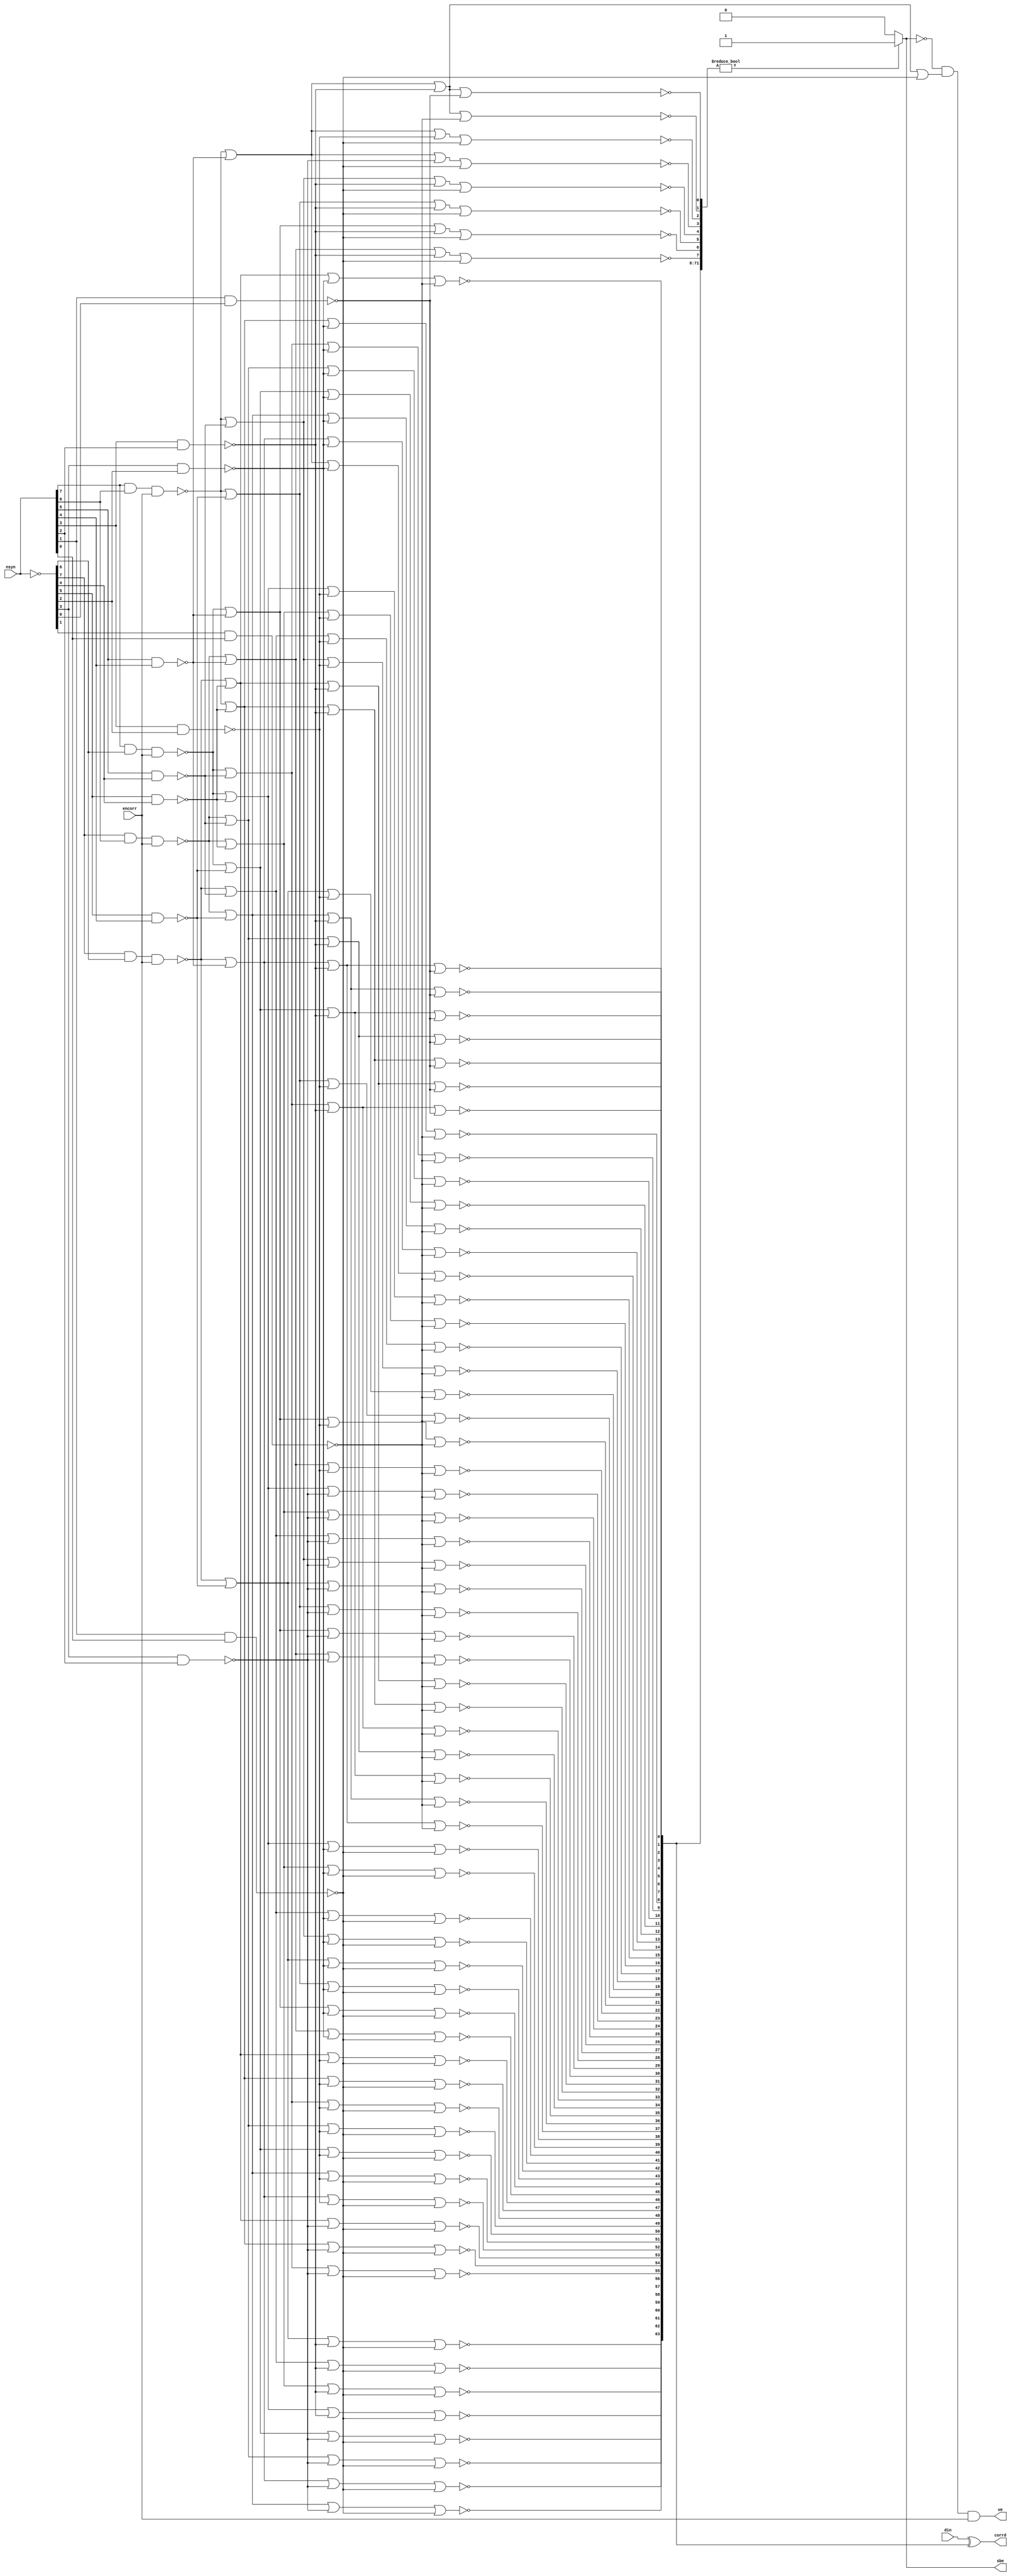
//  IBM Corp. 2020
// Licensed under the Apache License, Version 2.0 (the "License"), as modified by
// the terms below; you may not use the files in this repository except in
// compliance with the License as modified.
// You may obtain a copy of the License at http://www.apache.org/licenses/LICENSE-2.0
//
// Modified Terms:
//
//    1) For the purpose of the patent license granted to you in Section 3 of the
//    License, the "Work" hereby includes implementations of the work of authorship
//    in physical form.
//
//    2) Notwithstanding any terms to the contrary in the License, any licenses
//    necessary for implementation of the Work that are available from OpenPOWER
//    via the Power ISA End User License Agreement (EULA) are explicitly excluded
//    hereunder, and may be obtained from OpenPOWER under the terms and conditions
//    of the EULA.  
//
// Unless required by applicable law or agreed to in writing, the reference design
// distributed under the License is distributed on an "AS IS" BASIS, WITHOUT
// WARRANTIES OR CONDITIONS OF ANY KIND, either express or implied. See the License
// for the specific language governing permissions and limitations under the License.
// 
// Additional rights, including the ability to physically implement a softcore that
// is compliant with the required sections of the Power ISA Specification, are
// available at no cost under the terms of the OpenPOWER Power ISA EULA, which can be
// obtained (along with the Power ISA) here: https://openpowerfoundation.org. 

`timescale 1 ns / 1 ns

//  Description:  XU ECC Check Macro
//
//*****************************************************************************

module tri_eccchk(
   din,
   encorr,
   nsyn,
   corrd,
   sbe,
   ue
);

   parameter                REGSIZE = 64;

   input [0:REGSIZE-1]      din;
   input                    encorr;
   input [0:8-(64/REGSIZE)] nsyn;
   output [0:REGSIZE-1]     corrd;
   output                   sbe;
   output                   ue;

      generate		// syndrome bits inverted
         if (REGSIZE == 64)
         begin : ecc64
            wire [0:7]                syn;
            wire [0:71]               DcdD;		// decode data bits
            wire                      synzero;
            wire                      sbe_int;
            wire [0:3]                A0to1;
            wire [0:3]                A2to3;
            wire [0:3]                A4to5;
            wire [0:2]                A6to7;

            // ====================================================================
            // 64 Data Bits, 8 Check bits
            // Single bit error correction, Double bit error detection
            // ====================================================================
            //                        ECC Matrix Description
            // ====================================================================
            // Syn 0   111011010011101001100101101101001100101101001011001101001110100110000000
            // Syn 1   110110101011010101010101011010101010101010101010101010101101010101000000
            // Syn 2   101101100110110011001100110110011001100110011001100110011011001100100000
            // Syn 3   011100011110001111000011110001111000011110000111100001111000111100010000
            // Syn 4   000011111110000000111111110000000111111110000000011111111000000000001000
            // Syn 5   000000000001111111111111110000000000000001111111111111111000000000000100
            // Syn 6   000000000000000000000000001111111111111111111111111111111000000000000010
            // Syn 7   000000000000000000000000000000000000000000000000000000000111111100000001

            assign syn = (~nsyn[0:7]);

            assign A0to1[0] = (~(nsyn[0] & nsyn[1] & encorr));
            assign A0to1[1] = (~(nsyn[0] &  syn[1] & encorr));
            assign A0to1[2] = (~( syn[0] & nsyn[1] & encorr));
            assign A0to1[3] = (~( syn[0] &  syn[1] & encorr));

            assign A2to3[0] = (~(nsyn[2] & nsyn[3]));
            assign A2to3[1] = (~(nsyn[2] &  syn[3]));
            assign A2to3[2] = (~( syn[2] & nsyn[3]));
            assign A2to3[3] = (~( syn[2] &  syn[3]));

            assign A4to5[0] = (~(nsyn[4] & nsyn[5]));
            assign A4to5[1] = (~(nsyn[4] &  syn[5]));
            assign A4to5[2] = (~( syn[4] & nsyn[5]));
            assign A4to5[3] = (~( syn[4] &  syn[5]));

            assign A6to7[0] = (~(nsyn[6] & nsyn[7]));
            assign A6to7[1] = (~(nsyn[6] &  syn[7]));
            assign A6to7[2] = (~( syn[6] & nsyn[7]));
            //assign A6to7[3] = (~( syn[6] &  syn[7]));

            assign DcdD[0]  = (~(A0to1[3] | A2to3[2] | A4to5[0] | A6to7[0]));		// 11 10 00 00
            assign DcdD[1]  = (~(A0to1[3] | A2to3[1] | A4to5[0] | A6to7[0]));		// 11 01 00 00
            assign DcdD[2]  = (~(A0to1[2] | A2to3[3] | A4to5[0] | A6to7[0]));		// 10 11 00 00
            assign DcdD[3]  = (~(A0to1[1] | A2to3[3] | A4to5[0] | A6to7[0]));		// 01 11 00 00
            assign DcdD[4]  = (~(A0to1[3] | A2to3[0] | A4to5[2] | A6to7[0]));		// 11 00 10 00
            assign DcdD[5]  = (~(A0to1[2] | A2to3[2] | A4to5[2] | A6to7[0]));		// 10 10 10 00
            assign DcdD[6]  = (~(A0to1[1] | A2to3[2] | A4to5[2] | A6to7[0]));		// 01 10 10 00
            assign DcdD[7]  = (~(A0to1[2] | A2to3[1] | A4to5[2] | A6to7[0]));		// 10 01 10 00
            assign DcdD[8]  = (~(A0to1[1] | A2to3[1] | A4to5[2] | A6to7[0]));		// 01 01 10 00
            assign DcdD[9]  = (~(A0to1[0] | A2to3[3] | A4to5[2] | A6to7[0]));		// 00 11 10 00
            assign DcdD[10] = (~(A0to1[3] | A2to3[3] | A4to5[2] | A6to7[0]));		// 11 11 10 00
            assign DcdD[11] = (~(A0to1[3] | A2to3[0] | A4to5[1] | A6to7[0]));		// 11 00 01 00
            assign DcdD[12] = (~(A0to1[2] | A2to3[2] | A4to5[1] | A6to7[0]));		// 10 10 01 00
            assign DcdD[13] = (~(A0to1[1] | A2to3[2] | A4to5[1] | A6to7[0]));		// 01 10 01 00
            assign DcdD[14] = (~(A0to1[2] | A2to3[1] | A4to5[1] | A6to7[0]));		// 10 01 01 00
            assign DcdD[15] = (~(A0to1[1] | A2to3[1] | A4to5[1] | A6to7[0]));		// 01 01 01 00
            assign DcdD[16] = (~(A0to1[0] | A2to3[3] | A4to5[1] | A6to7[0]));		// 00 11 01 00
            assign DcdD[17] = (~(A0to1[3] | A2to3[3] | A4to5[1] | A6to7[0]));		// 11 11 01 00
            assign DcdD[18] = (~(A0to1[2] | A2to3[0] | A4to5[3] | A6to7[0]));		// 10 00 11 00
            assign DcdD[19] = (~(A0to1[1] | A2to3[0] | A4to5[3] | A6to7[0]));		// 01 00 11 00
            assign DcdD[20] = (~(A0to1[0] | A2to3[2] | A4to5[3] | A6to7[0]));		// 00 10 11 00
            assign DcdD[21] = (~(A0to1[3] | A2to3[2] | A4to5[3] | A6to7[0]));		// 11 10 11 00
            assign DcdD[22] = (~(A0to1[0] | A2to3[1] | A4to5[3] | A6to7[0]));		// 00 01 11 00
            assign DcdD[23] = (~(A0to1[3] | A2to3[1] | A4to5[3] | A6to7[0]));		// 11 01 11 00
            assign DcdD[24] = (~(A0to1[2] | A2to3[3] | A4to5[3] | A6to7[0]));		// 10 11 11 00
            assign DcdD[25] = (~(A0to1[1] | A2to3[3] | A4to5[3] | A6to7[0]));		// 01 11 11 00
            assign DcdD[26] = (~(A0to1[3] | A2to3[0] | A4to5[0] | A6to7[2]));		// 11 00 00 10
            assign DcdD[27] = (~(A0to1[2] | A2to3[2] | A4to5[0] | A6to7[2]));		// 10 10 00 10
            assign DcdD[28] = (~(A0to1[1] | A2to3[2] | A4to5[0] | A6to7[2]));		// 01 10 00 10
            assign DcdD[29] = (~(A0to1[2] | A2to3[1] | A4to5[0] | A6to7[2]));		// 10 01 00 10
            assign DcdD[30] = (~(A0to1[1] | A2to3[1] | A4to5[0] | A6to7[2]));		// 01 01 00 10
            assign DcdD[31] = (~(A0to1[0] | A2to3[3] | A4to5[0] | A6to7[2]));		// 00 11 00 10
            assign DcdD[32] = (~(A0to1[3] | A2to3[3] | A4to5[0] | A6to7[2]));		// 11 11 00 10
            assign DcdD[33] = (~(A0to1[2] | A2to3[0] | A4to5[2] | A6to7[2]));		// 10 00 10 10
            assign DcdD[34] = (~(A0to1[1] | A2to3[0] | A4to5[2] | A6to7[2]));		// 01 00 10 10
            assign DcdD[35] = (~(A0to1[0] | A2to3[2] | A4to5[2] | A6to7[2]));		// 00 10 10 10
            assign DcdD[36] = (~(A0to1[3] | A2to3[2] | A4to5[2] | A6to7[2]));		// 11 10 10 10
            assign DcdD[37] = (~(A0to1[0] | A2to3[1] | A4to5[2] | A6to7[2]));		// 00 01 10 10
            assign DcdD[38] = (~(A0to1[3] | A2to3[1] | A4to5[2] | A6to7[2]));		// 11 01 10 10
            assign DcdD[39] = (~(A0to1[2] | A2to3[3] | A4to5[2] | A6to7[2]));		// 10 11 10 10
            assign DcdD[40] = (~(A0to1[1] | A2to3[3] | A4to5[2] | A6to7[2]));		// 01 11 10 10
            assign DcdD[41] = (~(A0to1[2] | A2to3[0] | A4to5[1] | A6to7[2]));		// 10 00 01 10
            assign DcdD[42] = (~(A0to1[1] | A2to3[0] | A4to5[1] | A6to7[2]));		// 01 00 01 10
            assign DcdD[43] = (~(A0to1[0] | A2to3[2] | A4to5[1] | A6to7[2]));		// 00 10 01 10
            assign DcdD[44] = (~(A0to1[3] | A2to3[2] | A4to5[1] | A6to7[2]));		// 11 10 01 10
            assign DcdD[45] = (~(A0to1[0] | A2to3[1] | A4to5[1] | A6to7[2]));		// 00 01 01 10
            assign DcdD[46] = (~(A0to1[3] | A2to3[1] | A4to5[1] | A6to7[2]));		// 11 01 01 10
            assign DcdD[47] = (~(A0to1[2] | A2to3[3] | A4to5[1] | A6to7[2]));		// 10 11 01 10
            assign DcdD[48] = (~(A0to1[1] | A2to3[3] | A4to5[1] | A6to7[2]));		// 01 11 01 10
            assign DcdD[49] = (~(A0to1[0] | A2to3[0] | A4to5[3] | A6to7[2]));		// 00 00 11 10
            assign DcdD[50] = (~(A0to1[3] | A2to3[0] | A4to5[3] | A6to7[2]));		// 11 00 11 10
            assign DcdD[51] = (~(A0to1[2] | A2to3[2] | A4to5[3] | A6to7[2]));		// 10 10 11 10
            assign DcdD[52] = (~(A0to1[1] | A2to3[2] | A4to5[3] | A6to7[2]));		// 01 10 11 10
            assign DcdD[53] = (~(A0to1[2] | A2to3[1] | A4to5[3] | A6to7[2]));		// 10 01 11 10
            assign DcdD[54] = (~(A0to1[1] | A2to3[1] | A4to5[3] | A6to7[2]));		// 01 01 11 10
            assign DcdD[55] = (~(A0to1[0] | A2to3[3] | A4to5[3] | A6to7[2]));		// 00 11 11 10
            assign DcdD[56] = (~(A0to1[3] | A2to3[3] | A4to5[3] | A6to7[2]));		// 11 11 11 10
            assign DcdD[57] = (~(A0to1[3] | A2to3[0] | A4to5[0] | A6to7[1]));		// 11 00 00 01
            assign DcdD[58] = (~(A0to1[2] | A2to3[2] | A4to5[0] | A6to7[1]));		// 10 10 00 01
            assign DcdD[59] = (~(A0to1[1] | A2to3[2] | A4to5[0] | A6to7[1]));		// 01 10 00 01
            assign DcdD[60] = (~(A0to1[2] | A2to3[1] | A4to5[0] | A6to7[1]));		// 10 01 00 01
            assign DcdD[61] = (~(A0to1[1] | A2to3[1] | A4to5[0] | A6to7[1]));		// 01 01 00 01
            assign DcdD[62] = (~(A0to1[0] | A2to3[3] | A4to5[0] | A6to7[1]));		// 00 11 00 01
            assign DcdD[63] = (~(A0to1[3] | A2to3[3] | A4to5[0] | A6to7[1]));		// 11 11 00 01
            assign DcdD[64] = (~(A0to1[2] | A2to3[0] | A4to5[0] | A6to7[0]));		// 10 00 00 00
            assign DcdD[65] = (~(A0to1[1] | A2to3[0] | A4to5[0] | A6to7[0]));		// 01 00 00 00
            assign DcdD[66] = (~(A0to1[0] | A2to3[2] | A4to5[0] | A6to7[0]));		// 00 10 00 00
            assign DcdD[67] = (~(A0to1[0] | A2to3[1] | A4to5[0] | A6to7[0]));		// 00 01 00 00
            assign DcdD[68] = (~(A0to1[0] | A2to3[0] | A4to5[2] | A6to7[0]));		// 00 00 10 00
            assign DcdD[69] = (~(A0to1[0] | A2to3[0] | A4to5[1] | A6to7[0]));		// 00 00 01 00
            assign DcdD[70] = (~(A0to1[0] | A2to3[0] | A4to5[0] | A6to7[2]));		// 00 00 00 10
            assign DcdD[71] = (~(A0to1[0] | A2to3[0] | A4to5[0] | A6to7[1]));		// 00 00 00 01
            assign synzero  = (~(A0to1[0] | A2to3[0] | A4to5[0] | A6to7[0]));		// 00 00 00 00

            assign corrd[0:63] = din[0:63] ^ DcdD[0:63];

            assign sbe_int = (DcdD[0:71] != {72{1'b0}}) ? 1'b1 :
                             1'b0;
            assign sbe = sbe_int;
            assign ue = (~sbe_int) & (~synzero) & encorr;
         end
      endgenerate

      generate		// syndrome bits inverted
         if (REGSIZE == 32)
         begin : ecc32
            wire [0:6]                syn;
            wire [0:38]               DcdD;		// decode data bits
            wire                      synzero;
            wire                      sbe_int;
            wire [0:3]                A0to1;
            wire [0:3]                A2to3;
            wire [0:7]                A4to6;

            // ====================================================================
            // 32 Data Bits, 7 Check bits
            // Single bit error correction, Double bit error detection
            // ====================================================================
            //                        ECC Matrix Description
            // ====================================================================
            // Syn 0   111011010011101001100101101101001000000
            // Syn 1   110110101011010101010101011010100100000
            // Syn 2   101101100110110011001100110110010010000
            // Syn 3   011100011110001111000011110001110001000
            // Syn 4   000011111110000000111111110000000000100
            // Syn 5   000000000001111111111111110000000000010
            // Syn 6   000000000000000000000000001111110000001

            assign syn = (~nsyn[0:6]);

            assign A0to1[0] = (~(nsyn[0] & nsyn[1] & encorr));
            assign A0to1[1] = (~(nsyn[0] &  syn[1] & encorr));
            assign A0to1[2] = (~( syn[0] & nsyn[1] & encorr));
            assign A0to1[3] = (~( syn[0] &  syn[1] & encorr));

            assign A2to3[0] = (~(nsyn[2] & nsyn[3]));
            assign A2to3[1] = (~(nsyn[2] &  syn[3]));
            assign A2to3[2] = (~( syn[2] & nsyn[3]));
            assign A2to3[3] = (~( syn[2] &  syn[3]));

            assign A4to6[0] = (~(nsyn[4] & nsyn[5] & nsyn[6]));
            assign A4to6[1] = (~(nsyn[4] & nsyn[5] &  syn[6]));
            assign A4to6[2] = (~(nsyn[4] &  syn[5] & nsyn[6]));
            assign A4to6[3] = (~(nsyn[4] &  syn[5] &  syn[6]));
            assign A4to6[4] = (~( syn[4] & nsyn[5] & nsyn[6]));
            assign A4to6[5] = (~( syn[4] & nsyn[5] &  syn[6]));
            assign A4to6[6] = (~( syn[4] &  syn[5] & nsyn[6]));
            assign A4to6[7] = (~( syn[4] &  syn[5] &  syn[6]));

            assign DcdD[0]  = (~(A0to1[3] | A2to3[2] | A4to6[0]));		// 11 10 000
            assign DcdD[1]  = (~(A0to1[3] | A2to3[1] | A4to6[0]));		// 11 01 000
            assign DcdD[2]  = (~(A0to1[2] | A2to3[3] | A4to6[0]));		// 10 11 000
            assign DcdD[3]  = (~(A0to1[1] | A2to3[3] | A4to6[0]));		// 01 11 000
            assign DcdD[4]  = (~(A0to1[3] | A2to3[0] | A4to6[4]));		// 11 00 100
            assign DcdD[5]  = (~(A0to1[2] | A2to3[2] | A4to6[4]));		// 10 10 100
            assign DcdD[6]  = (~(A0to1[1] | A2to3[2] | A4to6[4]));		// 01 10 100
            assign DcdD[7]  = (~(A0to1[2] | A2to3[1] | A4to6[4]));		// 10 01 100
            assign DcdD[8]  = (~(A0to1[1] | A2to3[1] | A4to6[4]));		// 01 01 100
            assign DcdD[9]  = (~(A0to1[0] | A2to3[3] | A4to6[4]));		// 00 11 100
            assign DcdD[10] = (~(A0to1[3] | A2to3[3] | A4to6[4]));		// 11 11 100
            assign DcdD[11] = (~(A0to1[3] | A2to3[0] | A4to6[2]));		// 11 00 010
            assign DcdD[12] = (~(A0to1[2] | A2to3[2] | A4to6[2]));		// 10 10 010
            assign DcdD[13] = (~(A0to1[1] | A2to3[2] | A4to6[2]));		// 01 10 010
            assign DcdD[14] = (~(A0to1[2] | A2to3[1] | A4to6[2]));		// 10 01 010
            assign DcdD[15] = (~(A0to1[1] | A2to3[1] | A4to6[2]));		// 01 01 010
            assign DcdD[16] = (~(A0to1[0] | A2to3[3] | A4to6[2]));		// 00 11 010
            assign DcdD[17] = (~(A0to1[3] | A2to3[3] | A4to6[2]));		// 11 11 010
            assign DcdD[18] = (~(A0to1[2] | A2to3[0] | A4to6[6]));		// 10 00 110
            assign DcdD[19] = (~(A0to1[1] | A2to3[0] | A4to6[6]));		// 01 00 110
            assign DcdD[20] = (~(A0to1[0] | A2to3[2] | A4to6[6]));		// 00 10 110
            assign DcdD[21] = (~(A0to1[3] | A2to3[2] | A4to6[6]));		// 11 10 110
            assign DcdD[22] = (~(A0to1[0] | A2to3[1] | A4to6[6]));		// 00 01 110
            assign DcdD[23] = (~(A0to1[3] | A2to3[1] | A4to6[6]));		// 11 01 110
            assign DcdD[24] = (~(A0to1[2] | A2to3[3] | A4to6[6]));		// 10 11 110
            assign DcdD[25] = (~(A0to1[1] | A2to3[3] | A4to6[6]));		// 01 11 110
            assign DcdD[26] = (~(A0to1[3] | A2to3[0] | A4to6[1]));		// 11 00 001
            assign DcdD[27] = (~(A0to1[2] | A2to3[2] | A4to6[1]));		// 10 10 001
            assign DcdD[28] = (~(A0to1[1] | A2to3[2] | A4to6[1]));		// 01 10 001
            assign DcdD[29] = (~(A0to1[2] | A2to3[1] | A4to6[1]));		// 10 01 001
            assign DcdD[30] = (~(A0to1[1] | A2to3[1] | A4to6[1]));		// 01 01 001
            assign DcdD[31] = (~(A0to1[0] | A2to3[3] | A4to6[1]));		// 00 11 001
            assign DcdD[32] = (~(A0to1[2] | A2to3[0] | A4to6[0]));		// 10 00 000
            assign DcdD[33] = (~(A0to1[1] | A2to3[0] | A4to6[0]));		// 01 00 000
            assign DcdD[34] = (~(A0to1[0] | A2to3[2] | A4to6[0]));		// 00 10 000
            assign DcdD[35] = (~(A0to1[0] | A2to3[1] | A4to6[0]));		// 00 01 000
            assign DcdD[36] = (~(A0to1[0] | A2to3[0] | A4to6[4]));		// 00 00 100
            assign DcdD[37] = (~(A0to1[0] | A2to3[0] | A4to6[2]));		// 00 00 010
            assign DcdD[38] = (~(A0to1[0] | A2to3[0] | A4to6[1]));		// 00 00 001
            assign synzero  = (~(A0to1[0] | A2to3[0] | A4to6[0]));		// 00 00 000

            assign corrd[0:31] = din[0:31] ^ DcdD[0:31];

            assign sbe_int = (DcdD[0:38] != {39{1'b0}}) ? 1'b1 :
                             1'b0;
            assign sbe = sbe_int;
            assign ue = (~sbe_int) & (~synzero) & encorr;

            //mark_unused(A4to6(3));
            //mark_unused(A4to6(5));
            //mark_unused(A4to6(7));
         end
      endgenerate
endmodule